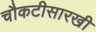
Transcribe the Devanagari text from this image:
चौकटीसारखी